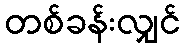
တစ်ခန်းလျှင်